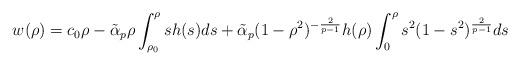
LaTeX: \begin{align*} w(\rho)=c_0 \rho - \tilde \alpha_p \rho \int_{\rho_0}^\rho s h(s) ds + \tilde \alpha_p (1-\rho^2)^{-\frac{2}{p-1}} h(\rho)\int_{0}^\rho s^2 (1-s^2)^{\frac{2}{p-1}} ds \end{align*}